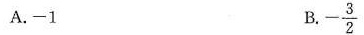
A.-1 B.-\frac{3}{2}